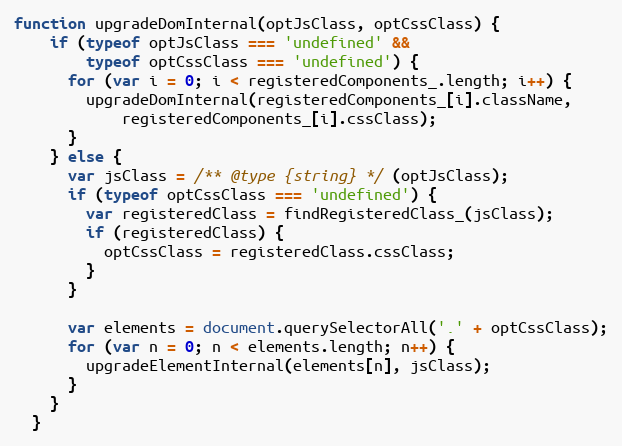
Language: JavaScript
function upgradeDomInternal(optJsClass, optCssClass) {
    if (typeof optJsClass === 'undefined' &&
        typeof optCssClass === 'undefined') {
      for (var i = 0; i < registeredComponents_.length; i++) {
        upgradeDomInternal(registeredComponents_[i].className,
            registeredComponents_[i].cssClass);
      }
    } else {
      var jsClass = /** @type {string} */ (optJsClass);
      if (typeof optCssClass === 'undefined') {
        var registeredClass = findRegisteredClass_(jsClass);
        if (registeredClass) {
          optCssClass = registeredClass.cssClass;
        }
      }

      var elements = document.querySelectorAll('.' + optCssClass);
      for (var n = 0; n < elements.length; n++) {
        upgradeElementInternal(elements[n], jsClass);
      }
    }
  }